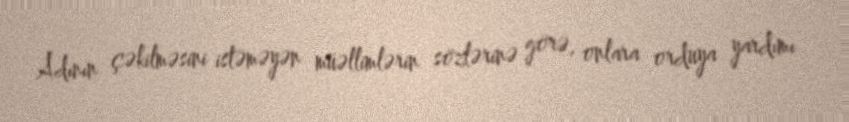
Adının çəkilməsini istəməyən müəllimlərin sözlərinə görə, onlara orduya yardımı